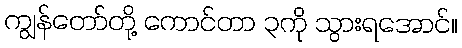
ကျွန်တော်တို့ ကောင်တာ ၃ကို သွားရအောင်။